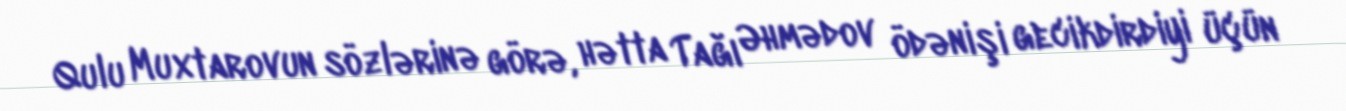
Qulu Muxtarovun sözlərinə görə, hətta Tağı Əhmədov ödənişi gecikdirdiyi üçün